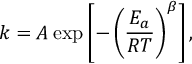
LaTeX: k = A \exp \left[ - \left( { \frac { E _ { a } } { R T } } \right) ^ { \beta } \right] ,